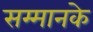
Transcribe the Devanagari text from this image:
सम्मानके